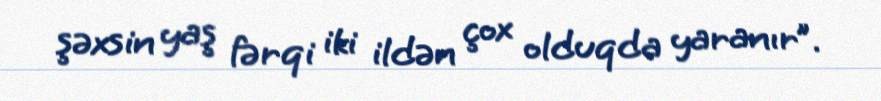
şəxsin yaş fərqi iki ildən çox olduqda yaranır”.